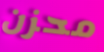
محزن